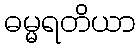
ဓမ္မရတိယာ